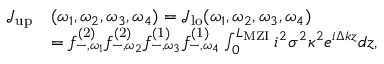
\begin{array} { r l } { \mathcal { J } _ { \mathrm { u p } } } & { ( \omega _ { 1 } , \omega _ { 2 } , \omega _ { 3 } , \omega _ { 4 } ) = \mathcal { J } _ { \mathrm { l o } } ( \omega _ { 1 } , \omega _ { 2 } , \omega _ { 3 } , \omega _ { 4 } ) } \\ & { = { f } _ { - , \omega _ { 1 } } ^ { \mathrm { ( 2 ) } } { f } _ { - , \omega _ { 2 } } ^ { \mathrm { ( 2 ) } } { f } _ { - , \omega _ { 3 } } ^ { \mathrm { ( 1 ) } } { f } _ { - , \omega _ { 4 } } ^ { \mathrm { ( 1 ) } } \int _ { 0 } ^ { L _ { \mathrm { M Z I } } } i ^ { 2 } \sigma ^ { 2 } \kappa ^ { 2 } e ^ { i \Delta k z } d z , } \end{array}